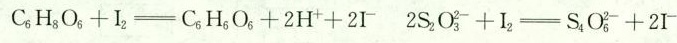
$$C _ { 6 } H _ { 8 } O _ { 6 } + I _ { 2 } \xlongequal [ ] { } C _ { 6 } H _ { 6 } O _ { 6 } + 2